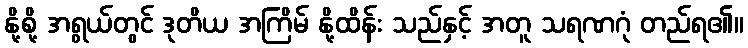
နို့စို့ အရွယ်တွင် ဒုတိယ အကြိမ် နို့ထိန်း သည်နှင့် အတူ သရဏဂုံ တည်ရ၏။